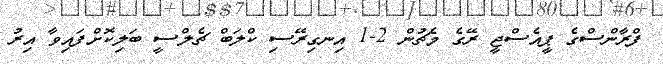
ފްރާންސްގެ ޕީއެސްޖީ ރޭގެ މެޗުން 2-1 އިނގިރޭސި ކްލަބް ޗެލްސީ ބަލިކޮށްފައިވާ އިރު